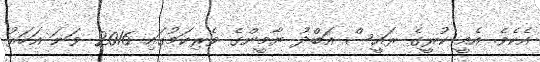
އެކެވެ. އެއީ ކުރީގެ ރައީސް އަބްދު ޔާމީންގެ ވެރިކަމުގައި 2016 ވަނަ އަހަރު